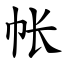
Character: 帐